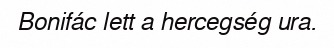
Bonifác lett a hercegség ura.